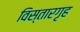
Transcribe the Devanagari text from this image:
विस्तारगृह